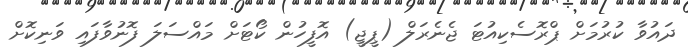
ދައުވާ ކުރުމަށް ޕްރޮސެކިއުޓަ ޖެނެރަލް (ޕީޖީ) އޮފީހުން ކޯޓަށް މައްސަލަ ފޮނުވާފައި ވަނިކޮށް